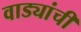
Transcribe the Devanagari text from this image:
वाड्यांची